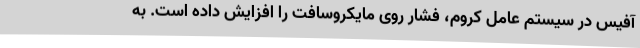
آفیس در سیستم عامل کروم، فشار روی مایکروسافت را افزایش داده است. به